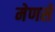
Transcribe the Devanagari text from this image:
मेणसे